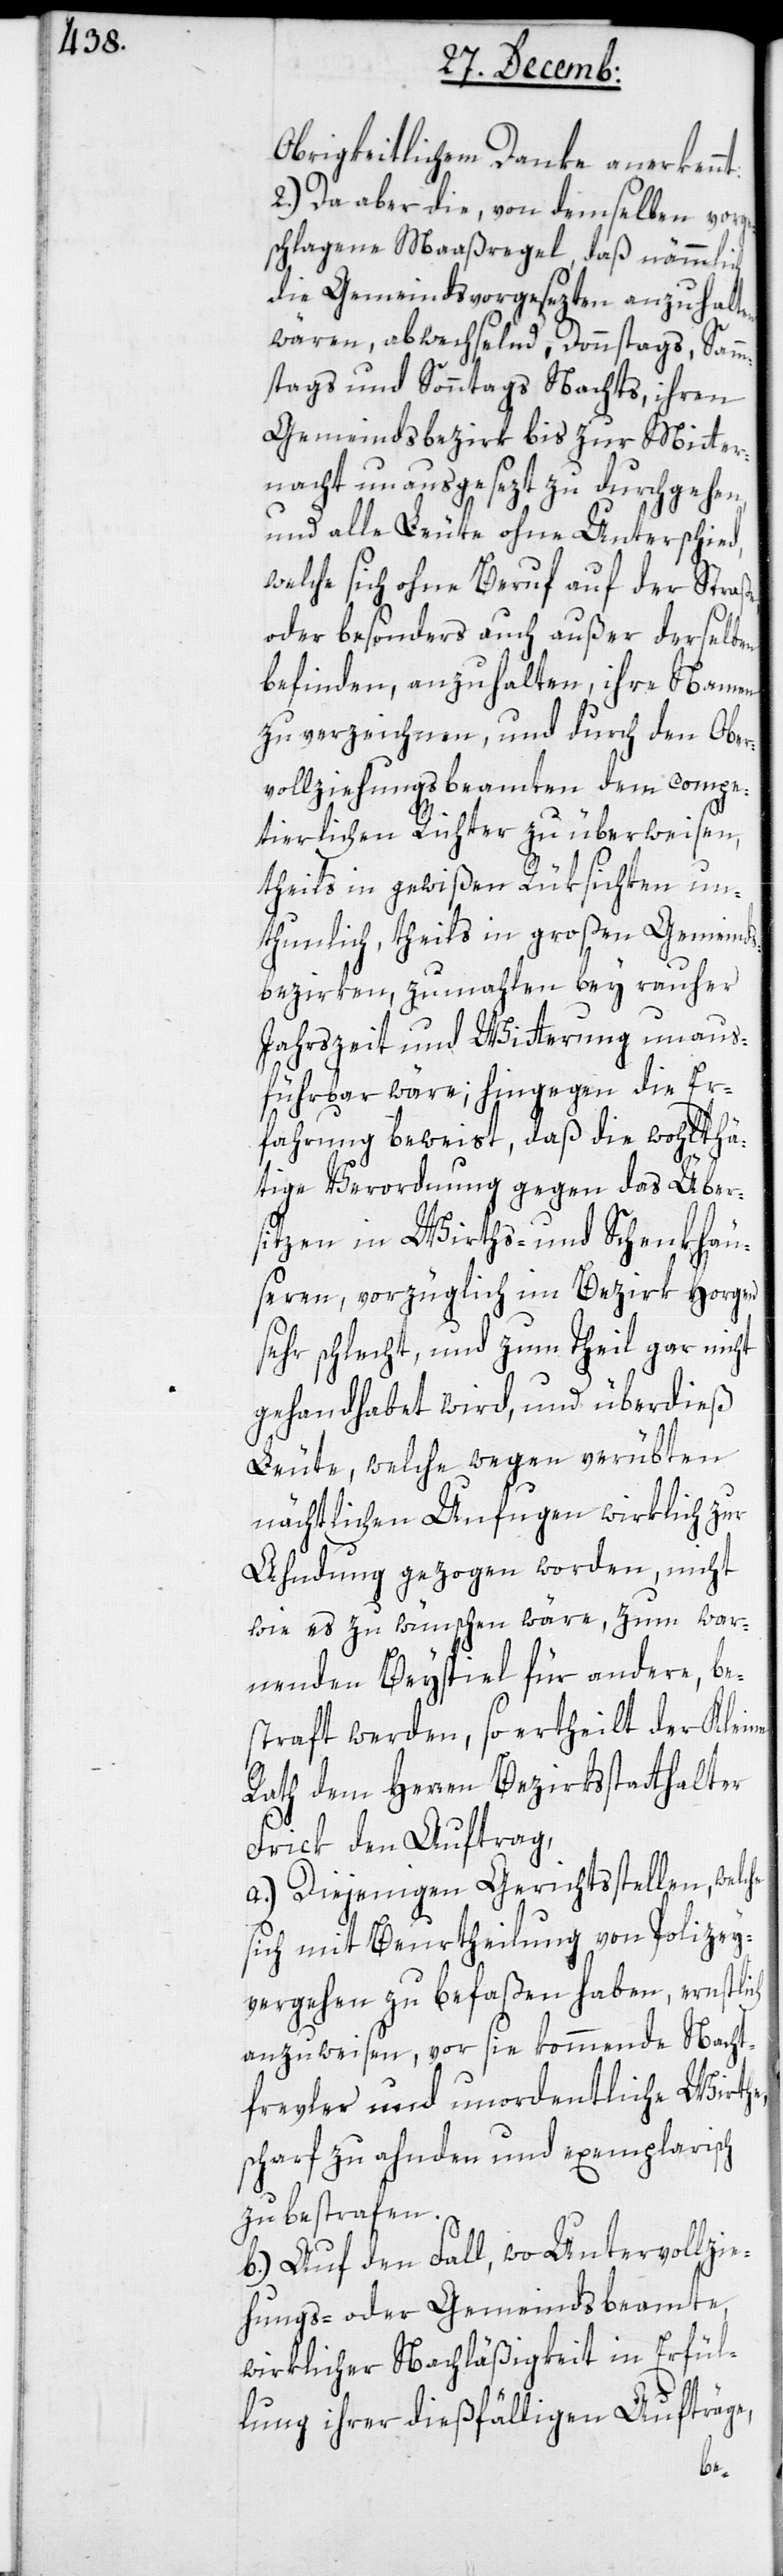
Obrigkeitlichem Danke anerkennt.
2.) Da aber die, von demselben vorge¬
schlagene Maaßregel, daß nämmlich
die Gemeindsvorgesezten anzuhalten
wären, abwechselnd, Donnstags, Samm¬
stags und Sonntags Nachts, ihren
Gemeindsbezirk bis zur Mitter¬
nacht unausgesezt zu durchgehen,
und alle Leute ohne Unterschied,
welche sich ohne Beruf auf der Straße
oder besonders auch außer derselben
befinden, anzuhalten, ihre Namen
zu verzeichnen, und durch den Ober¬
vollziehungsbeamten dem compe¬
tierlichen Richter zu überweisen,
theils in gewißen Rüksichten un¬
thunlich, theils in großen Gemeind¬
sbezirken, zumahlen bey rauher
Jahrszeit und Witterung unaus¬
führbar wäre; hingegen die Er¬
fahrung beweist, daß die wohlthä¬
tige Verordnung gegen das Über¬
sitzen in Wirths- und Schenkhäu¬
seren, vorzüglich im Bezirk Horgen
sehr schlecht und zum Theil gar nicht
gehandhabet wird, und überdies
Leute, welche wegen verübten
nächtlichen Unfugen wirklich zur
Ahndung gezogen worden, nicht
wie es zu wünschen wäre, zum war¬
nenden Beyspiel für andere be¬
straft werden, so ertheilt der Kleine
Rath dem Herren Bezirksstatthalter
Frick den Auftrag:
a.) Diejenigen Gerichtsstellen, welche
sich mit Beurtheilung von Polizey¬
vergehen zu befaßen haben, ernstlich
anzuweisen, vor sich kommende Nacht¬
frevler und unordentliche Wirthe,
scharf zu ahnden und exemplarisch
zu beßtrafen.
b.) Auf den Fall, wo Untervollzie¬
hungs- oder Gemeindsbeamte
wirklicher Nachläßigkeit in Erfül¬
lung ihrer dießfälligen Aufträge,